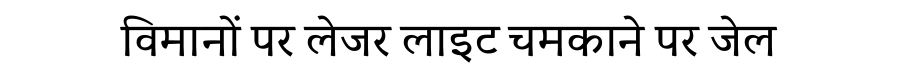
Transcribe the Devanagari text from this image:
विमानों पर लेजर लाइट चमकाने पर जेल